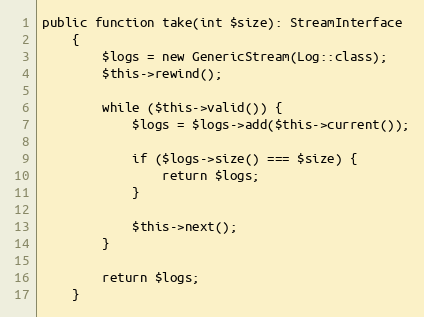
Language: PHP
public function take(int $size): StreamInterface
    {
        $logs = new GenericStream(Log::class);
        $this->rewind();

        while ($this->valid()) {
            $logs = $logs->add($this->current());

            if ($logs->size() === $size) {
                return $logs;
            }

            $this->next();
        }

        return $logs;
    }